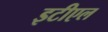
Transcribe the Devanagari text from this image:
इटीएल